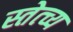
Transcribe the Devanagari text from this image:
स्तेत्च्य